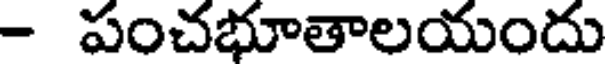
- పంచభూతాలయందు